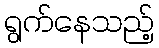
ရွက်နေသည့်